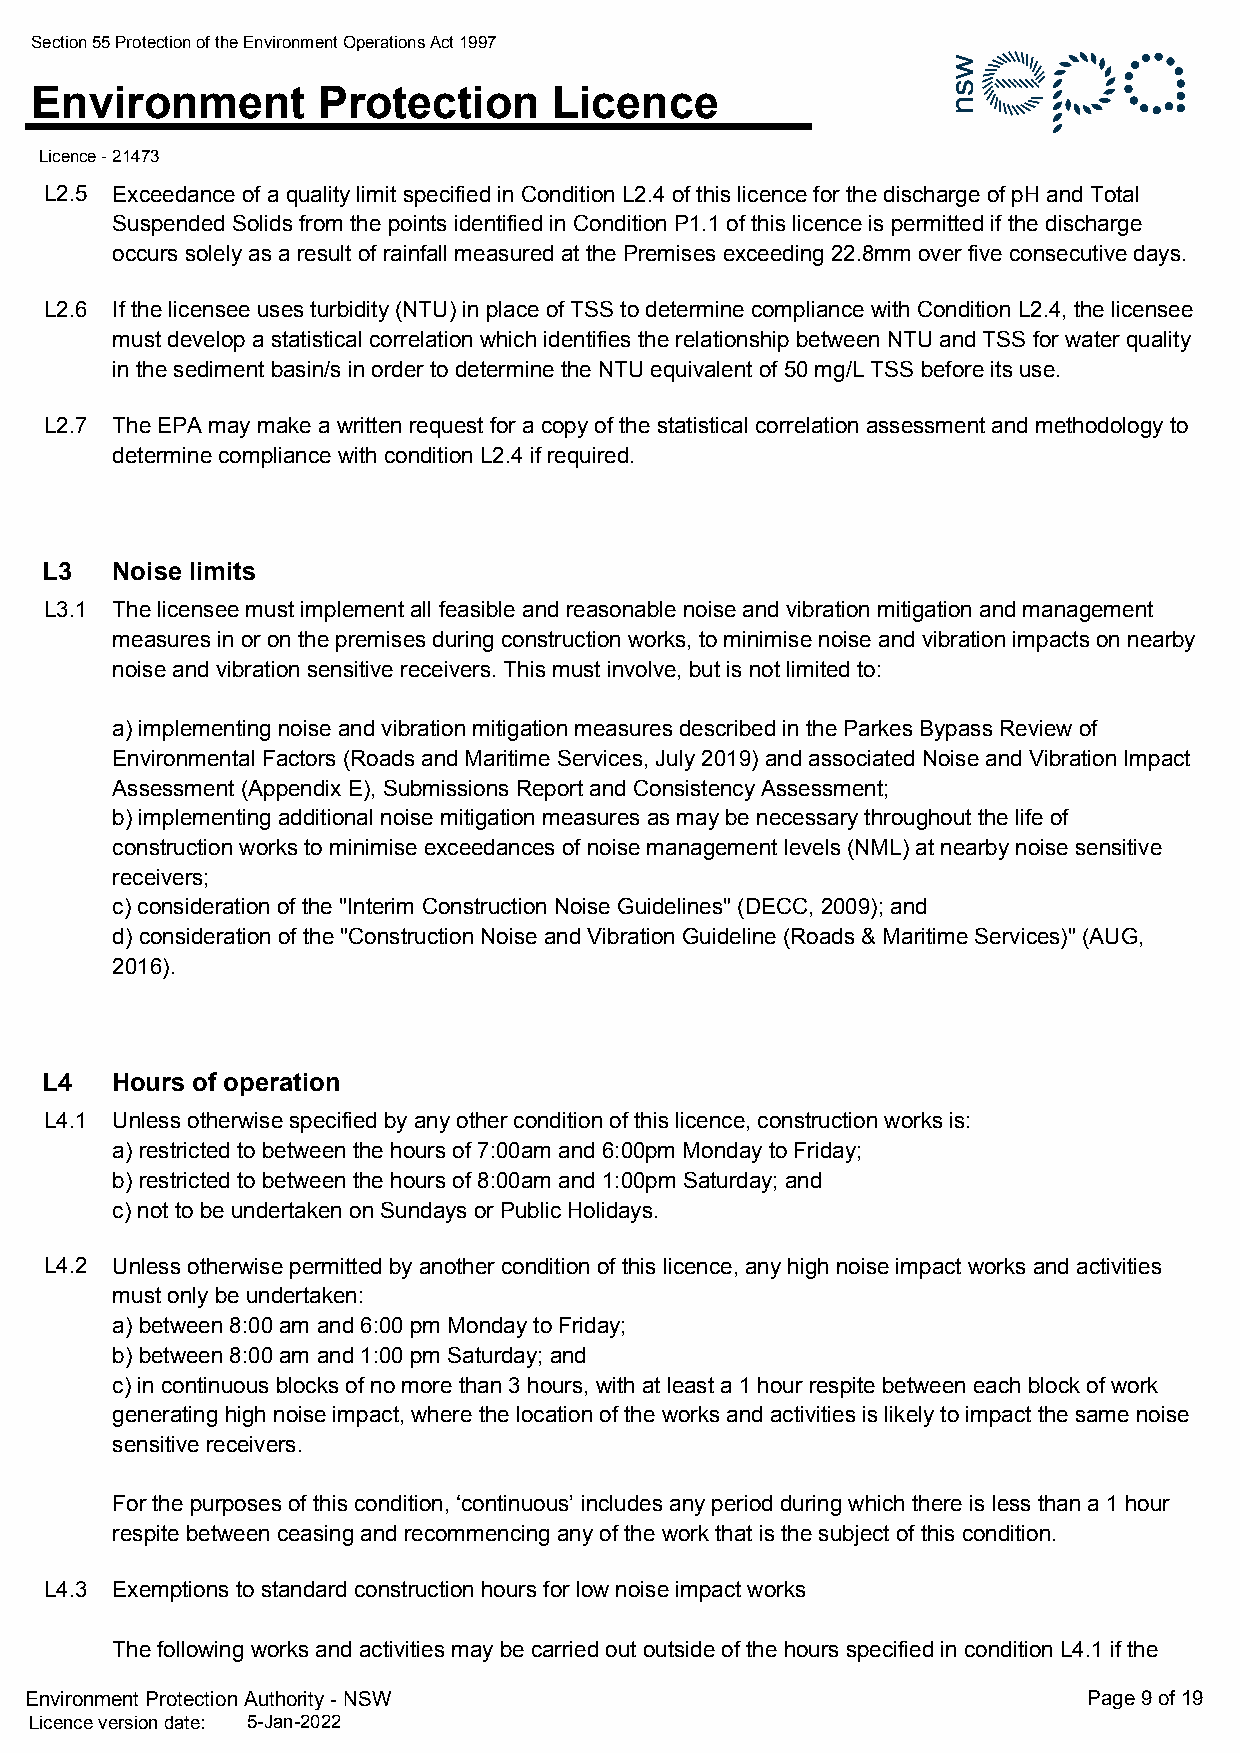
Section 55 Protection of the Environment Operations Act 1997
 Environment        Protection      Licence
 Licence - 21473
 L2.5 Exceedance of a quality limit specified in Condition L2.4 of this licence for the discharge of pH and Total
 Suspended Solids from the points identified in Condition P1.1 of this licence is permitted if the discharge
 occurs solely as a result of rainfall measured at the Premises exceeding 22.8mm over five consecutive days.
 L2.6 If the licensee uses turbidity (NTU) in place of TSS to determine compliance with Condition L2.4, the licensee
 must develop a statistical correlation which identifies the relationship between NTU and TSS for water quality
 in the sediment basin/s in order to determine the NTU equivalent of 50 mg/L TSS before its use.
 L2.7 The EPA may make a written request for a copy of the statistical correlation assessment and methodology to
 determine compliance with condition L2.4 if required.
 L3  Noise limits
 L3.1 The licensee must implement all feasible and reasonable noise and vibration mitigation and management
 measures in or on the premises during construction works, to minimise noise and vibration impacts on nearby
 noise and vibration sensitive receivers. This must involve, but is not limited to:
 a) implementing noise and vibration mitigation measures described in the Parkes Bypass Review of
 Environmental Factors (Roads and Maritime Services, July 2019) and associated Noise and Vibration Impact
 Assessment (Appendix E), Submissions Report and Consistency Assessment;
 b) implementing additional noise mitigation measures as may be necessary throughout the life of
 construction works to minimise exceedances of noise management levels (NML) at nearby noise sensitive
 receivers;
 c) consideration of the "Interim Construction Noise Guidelines" (DECC, 2009); and
 d) consideration of the "Construction Noise and Vibration Guideline (Roads & Maritime Services)" (AUG,
 2016).
 L4  Hours of operation
 L4.1 Unless otherwise specified by any other condition of this licence, construction works is:
 a) restricted to between the hours of 7:00am and 6:00pm Monday to Friday;
 b) restricted to between the hours of 8:00am and 1:00pm Saturday; and
 c) not to be undertaken on Sundays or Public Holidays.
 L4.2 Unless otherwise permitted by another condition of this licence, any high noise impact works and activities
 must only be undertaken:
 a) between 8:00 am and 6:00 pm Monday to Friday;
 b) between 8:00 am and 1:00 pm Saturday; and
 c) in continuous blocks of no more than 3 hours, with at least a 1 hour respite between each block of work
 generating high noise impact, where the location of the works and activities is likely to impact the same noise
 sensitive receivers.
 For the purposes of this condition, ‘continuous’ includes any period during which there is less than a 1 hour
 respite between ceasing and recommencing any of the work that is the subject of this condition.
 L4.3 Exemptions to standard construction hours for low noise impact works
 The following works and activities may be carried out outside of the hours specified in condition L4.1 if the
 Environment Protection Authority - NSW                                Page 9 of 19
 Licence version date: 5-Jan-2022